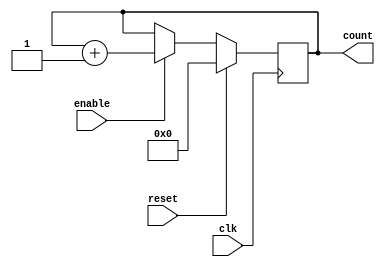
module counter (clk, reset, enable, count);
input clk, reset, enable;
output [3:0] count;
reg [3:0] count;                                   

always @ (posedge clk)
if (reset == 1'b1) begin
  count <= 0;
end else if ( enable == 1'b1) begin
  count <= count + 1;
end

endmodule